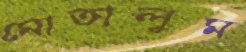
মোতালুম